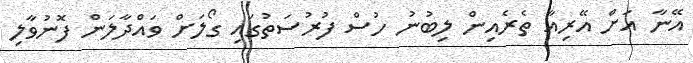
އޭނާ އަށް އޭރިއާ ތެރެއިން ލިބުނު ހުސް ފުރުސަތުގައި ގޯލަށް ވައްދާލަން ފޮނުވާލި